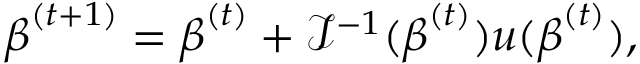
{ \boldsymbol { \beta } } ^ { ( t + 1 ) } = { \boldsymbol { \beta } } ^ { ( t ) } + { \mathcal { I } } ^ { - 1 } ( { \boldsymbol { \beta } } ^ { ( t ) } ) u ( { \boldsymbol { \beta } } ^ { ( t ) } ) ,